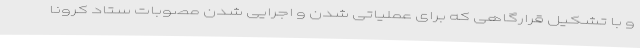
و با تشکیل قرارگاهی که برای عملیاتی شدن و اجرایی شدن مصوبات ستاد کرونا